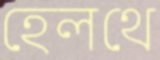
হেলথে